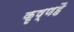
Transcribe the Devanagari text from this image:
कृष्णहै